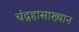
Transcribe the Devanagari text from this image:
चंद्रहासाख्यान